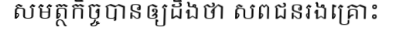
សមត្ថកិច្ចបានឲ្យដឹងថា សពជនរងគ្រោះ